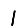
Digit: 1